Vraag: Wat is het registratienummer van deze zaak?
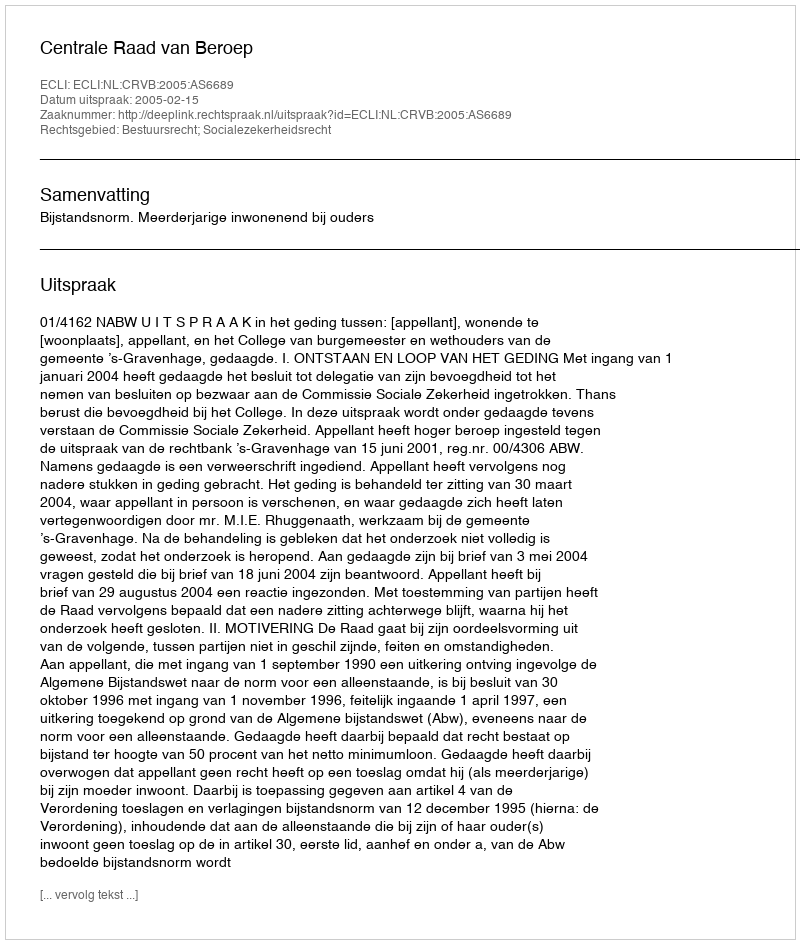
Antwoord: http://deeplink.rechtspraak.nl/uitspraak?id=ECLI:NL:CRVB:2005:AS6689